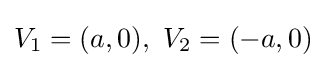
V_{1}=(a,0),\ V_{2}=(-a,0)